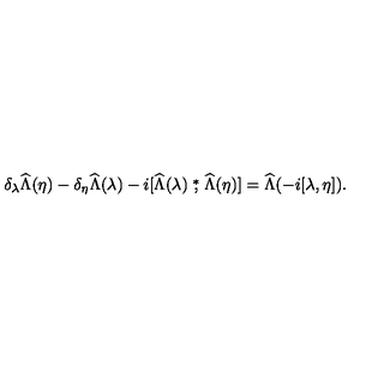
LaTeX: \delta _ { \lambda } \widehat \Lambda ( \eta ) - \delta _ { \eta } \widehat \Lambda ( \lambda ) - i [ \widehat \Lambda ( \lambda ) \stackrel { * } { , } \widehat \Lambda ( \eta ) ] = \widehat \Lambda ( - i [ \lambda , \eta ] ) .